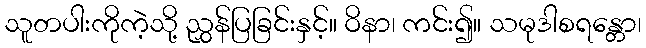
သူတပါးကိုကဲ့သို့ ညွှန်ပြခြင်းနှင့်။ ဝိနာ၊ ကင်း၍။ သမုဒါစရန္တော၊